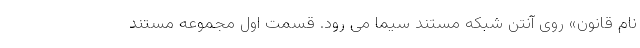
نام قانون» روی آنتن شبکه مستند سیما می رود. قسمت اول مجموعه مستند